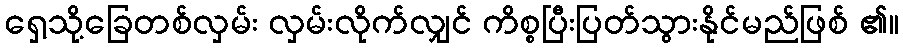
ရှေ့သို့ခြေတစ်လှမ်း လှမ်းလိုက်လျှင် ကိစ္စပြီးပြတ်သွားနိုင်မည်ဖြစ် ၏။